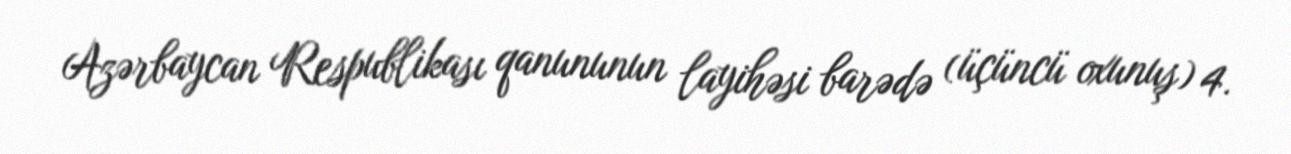
Azərbaycan Respublikası qanununun layihəsi barədə (üçüncü oxunuş) 4.